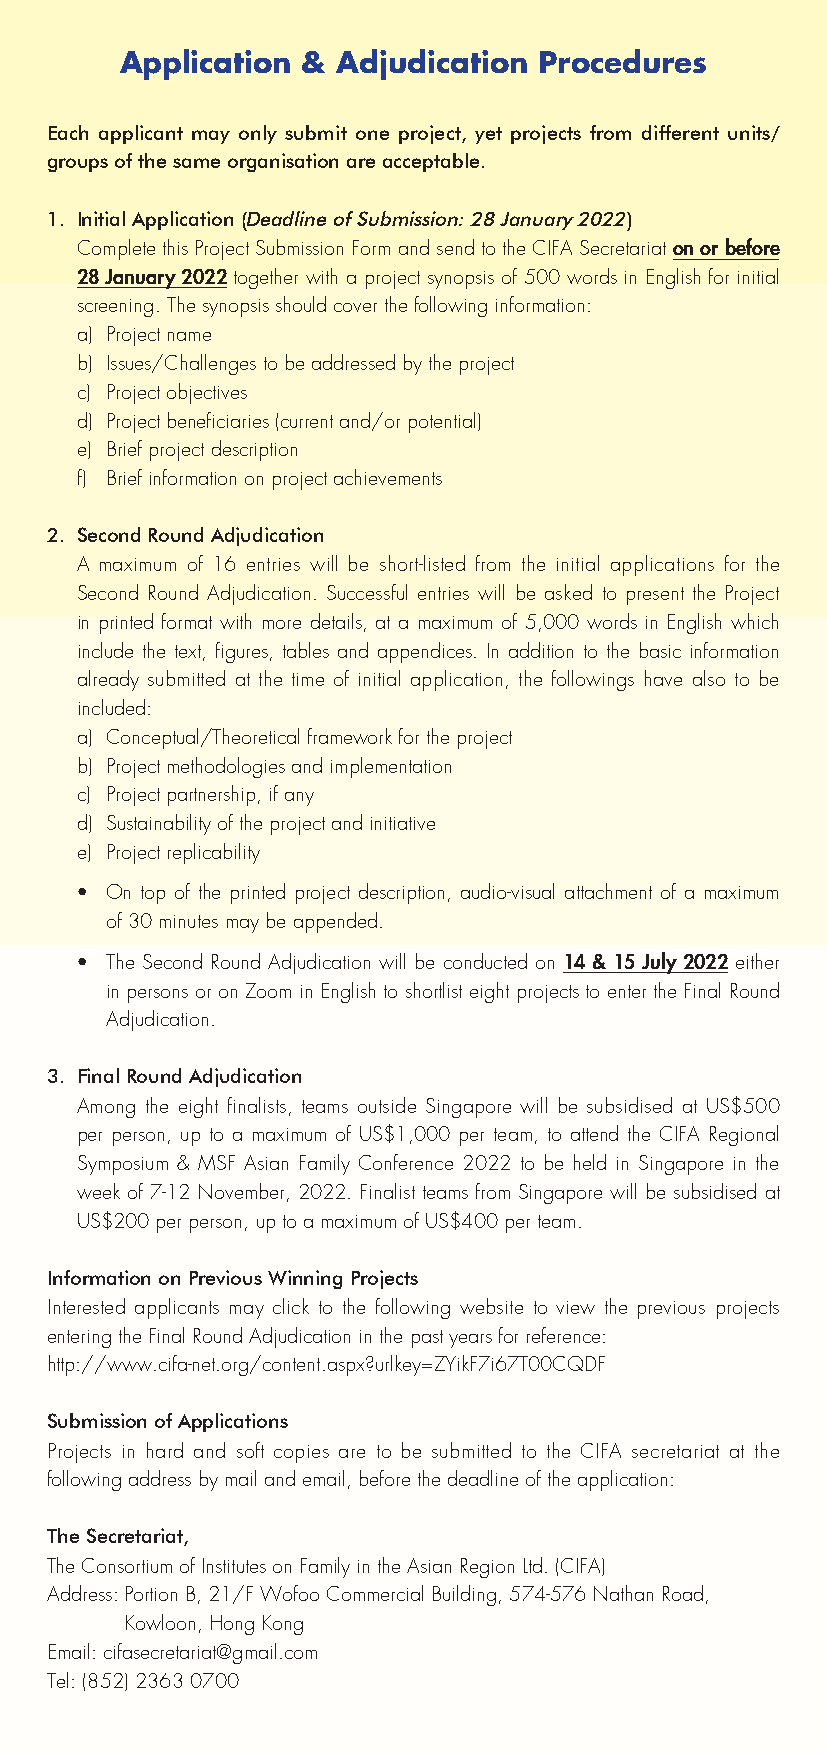
Application & Adjudication  Procedures
 Each applicant may only submit one project, yet projects from different units/
 groups of the same organisation are acceptable.
 1. Initial Application (Deadline of Submission: 28 January 2022)
 Complete this Project Submission Form and send to the CIFA Secretariat on or before
 28 January 2022 together with a project synopsis of 500 words in English for initial
 screening. The synopsis should cover the following information:
 a) Project name
 b) Issues/Challenges to be addressed by the project
 c) Project objectives
 d) Project beneficiaries (current and/or potential)
 e) Brief project description
 f) Brief information on project achievements
 2. Second Round Adjudication
 A maximum of 16 entries will be short-listed from the initial applications for the
 Second Round Adjudication. Successful entries will be asked to present the Project
 in printed format with more details, at a maximum of 5,000 words in English which
 include the text, figures, tables and appendices. In addition to the basic information
 already submitted at the time of initial application, the followings have also to be
 included:
 a) Conceptual/Theoretical framework for the project
 b) Project methodologies and implementation
 c) Project partnership, if any
 d) Sustainability of the project and initiative
 e) Project replicability
 • On top of the printed project description, audio-visual attachment of a maximum
 of 30 minutes may be appended.
 • The Second Round Adjudication will be conducted on 14 & 15 July 2022 either
 in persons or on Zoom in English to shortlist eight projects to enter the Final Round
 Adjudication.
 3. Final Round Adjudication
 Among the eight finalists, teams outside Singapore will be subsidised at US$500
 per person, up to a maximum of US$1,000 per team, to attend the CIFA Regional
 Symposium & MSF Asian Family Conference 2022 to be held in Singapore in the
 week of 7-12 November, 2022. Finalist teams from Singapore will be subsidised at
 US$200 per person, up to a maximum of US$400 per team.
 Information on Previous Winning Projects
 Interested applicants may click to the following website to view the previous projects
 entering the Final Round Adjudication in the past years for reference:
 http://www.cifa-net.org/content.aspx?urlkey=ZYikF7i67T00CQDF
 Submission of Applications
 Projects in hard and soft copies are to be submitted to the CIFA secretariat at the
 following address by mail and email, before the deadline of the application:
 The Secretariat,
 The Consortium of Institutes on Family in the Asian Region Ltd. (CIFA)
 Address: Portion B, 21/F Wofoo Commercial Building, 574-576 Nathan Road,
 Kowloon, Hong Kong
 Email: cifasecretariat@gmail.com
 Tel: (852) 2363 0700